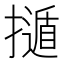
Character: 𢶿